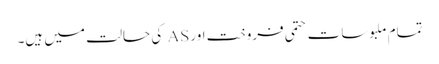
تمام ملبوسات حتمی فروخت اور AS کی حالت میں ہیں۔